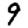
Digit: 9